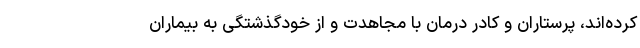
کرده‌اند، پرستاران و کادر درمان با مجاهدت و از خودگذشتگی به بیماران